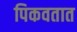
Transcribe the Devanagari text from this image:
पिकवतात